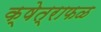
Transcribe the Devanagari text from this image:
क्षेत्राफळ